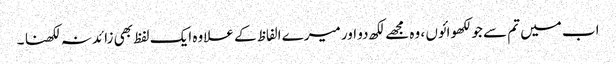
اب میں تم سے جو لکھوائوں ، وہ مجھے لکھ دو اور میرے الفاظ کے علاوہ ایک لفظ بھی زائد نہ لکھنا ۔